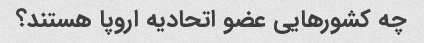
چه کشورهایی عضو اتحادیه اروپا هستند؟